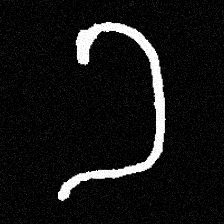
Pyu character \u2014 Myanmar letter: ခ (romanized: kha)